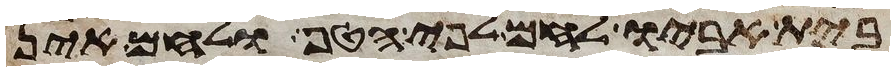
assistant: בית אביו לחם לפי הטף ולחם אין